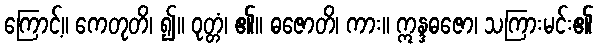
ကြောင့်။ ကေတုတိ၊ ၍။ ဝုတ္တံ၊ ၏။ ဓဇောတိ၊ ကား။ ဣန္ဒဓဇော၊ သကြားမင်း၏